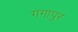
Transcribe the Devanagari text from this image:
गगापुर